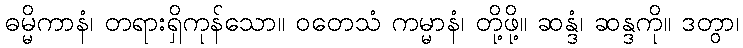
ဓမ္မိကာနံ၊ တရားရှိကုန်သော။ ဝတေသံ ကမ္မာနံ၊ တို့ဖို့။ ဆန္ဒံ၊ ဆန္ဒကို။ ဒတွာ၊